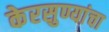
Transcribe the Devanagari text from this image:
केरसुण्यांचा